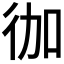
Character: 𭛥